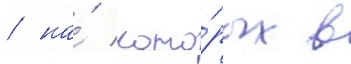
/ на́ кото́рых в